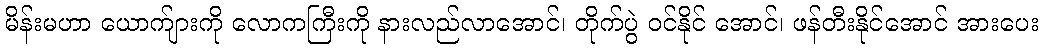
မိန်းမဟာ ယောက်ျားကို လောကကြီးကို နားလည်လာအောင်၊ တိုက်ပွဲ ဝင်နိုင် အောင်၊ ဖန်တီးနိုင်အောင် အားပေး